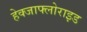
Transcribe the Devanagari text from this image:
हेक्जाफ्लोराइड